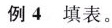
例4填表。